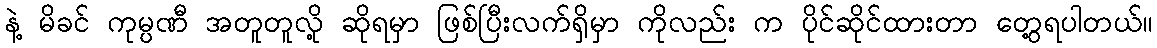
နဲ့ မိခင် ကုမ္ပဏီ အတူတူလို့ ဆိုရမှာ ဖြစ်ပြီးလက်ရှိမှာ ကိုလည်း က ပိုင်ဆိုင်ထားတာ တွေ့ရပါတယ်။